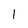
Character: 1